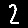
Digit: 2